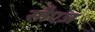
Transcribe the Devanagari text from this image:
सीएज